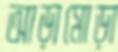
আড়ামোড়া